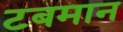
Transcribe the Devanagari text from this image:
टबमान